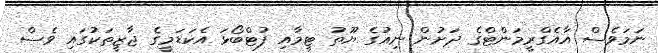
ނަމަވެސް އާއެގްރީމަންޓްގެ ދަށުން ނިއުގެ ޔޫތު ޓީމާއި ފުޓްބޯޅަ އެކަޑަމީގެ ޖާޒީތަކުގައި ވެސް